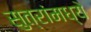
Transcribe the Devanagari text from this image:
सुत्रांमध्ये